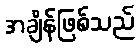
အချိန်ဖြစ်သည်